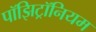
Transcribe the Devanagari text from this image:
पॉझिट्रॉनियम